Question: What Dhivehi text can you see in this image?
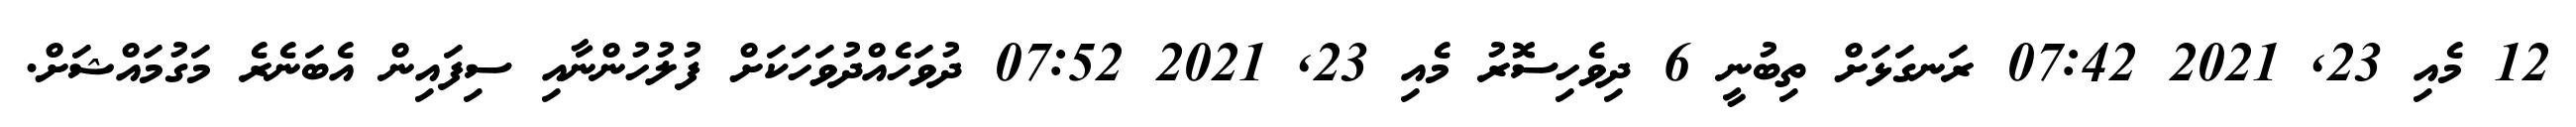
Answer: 12 މެއި 23, 2021 07:42 ރަނގަޅަށް ތިބުނީ 6 ދިވެހިސޮރު މެއި 23, 2021 07:52 ދުވަހެއްދުވަހަކަށް ފުލުހުންނާއި ސިފައިން އެބަނެރެ މަގުމައްޝަށް.